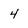
Character: 4